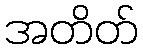
အတိတ်